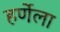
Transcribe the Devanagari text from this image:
हर्णेला